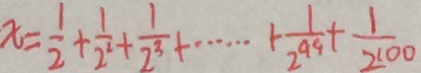
x = \frac { 1 } { 2 } + \frac { 1 } { 2 ^ { 2 } } + \frac { 1 } { 2 ^ { 3 } } + \cdots + \frac { 1 } { 2 ^ { 9 9 } } + \frac { 1 } { 2 ^ { 1 0 0 } }